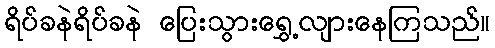
ရိပ်ခနဲရိပ်ခနဲ ပြေးသွားရွှေ့လျားနေကြသည်။